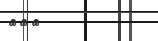
١٦٧